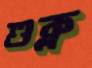
শুক্ল